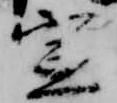
宣